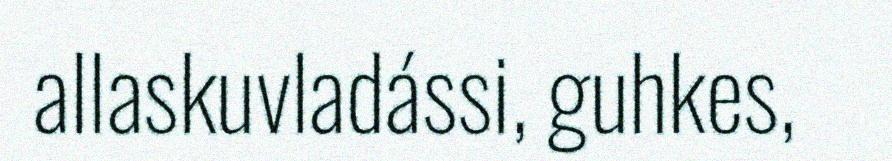
allaskuvladássi, guhkes,